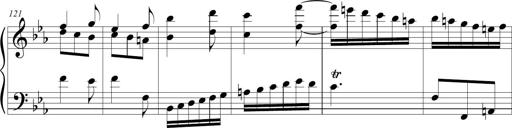
Title: Tiny Tina
Composer: Michel Rondeau
Key: E-flat major